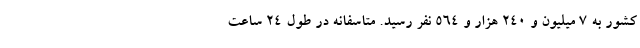
کشور به ۷ میلیون و ۲۴۰ هزار و ۵۶۴ نفر رسید. متاسفانه در طول ۲۴ ساعت